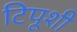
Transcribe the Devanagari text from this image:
टिपूशी